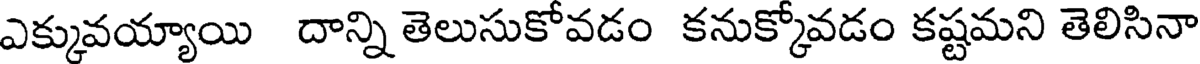
ఎక్కువయ్యాయి దాన్ని తెలుసుకోవడం కనుక్కోవడం కష్టమని తెలిసినా